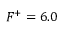
F ^ { + } = 6 . 0